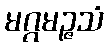
မဂ္ဂမဉ္ဇသံ